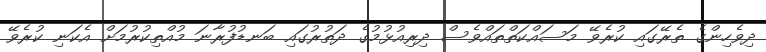
ދިވެހިންގެ ތެރޭގައި ކުރެވޭ މަސައްކަތްތައްވެސް ދިރިއުޅުމުގެ ދަތުރުގައި ބަނޑުފުރާނަ މުއްތިކުރުމަށް އެކަނި ކުރެވޭ